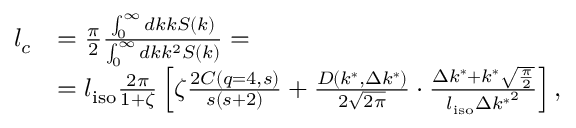
\begin{array} { r l } { l _ { c } } & { = \frac { \pi } { 2 } \frac { \int _ { 0 } ^ { \infty } d k k S ( k ) } { \int _ { 0 } ^ { \infty } d k k ^ { 2 } S ( k ) } = } \\ & { = l _ { \mathrm { i s o } } \frac { 2 \pi } { 1 + \zeta } \left[ \zeta \frac { 2 C ( q = 4 , s ) } { s ( s + 2 ) } + \frac { D ( k ^ { * } , \Delta k ^ { * } ) } { 2 \sqrt { 2 \pi } } \cdot \frac { \Delta k ^ { * } + k ^ { * } \sqrt { \frac { \pi } { 2 } } } { l _ { \mathrm { i s o } } { \Delta k ^ { * } } ^ { 2 } } \right] , } \end{array}